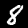
Label: 8